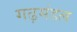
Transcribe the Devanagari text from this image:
गढ़मंडल